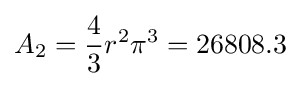
A_{2}={\frac {4}{3}}r^{2}\pi ^{3}=26808.3